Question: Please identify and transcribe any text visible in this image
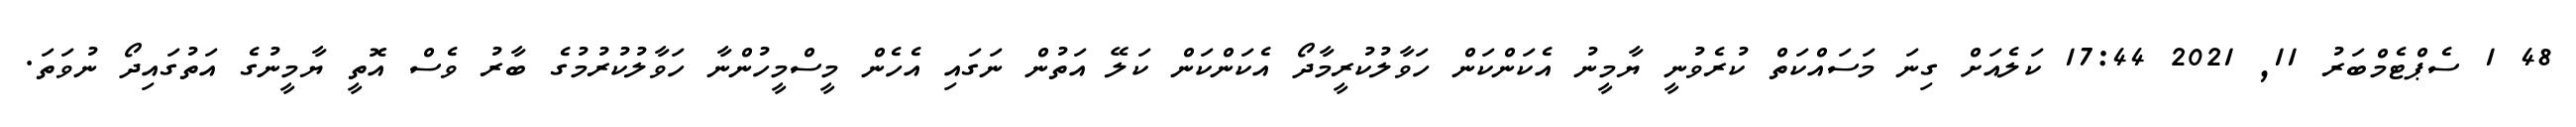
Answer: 48 1 ސެޕްޓެމްބަރު 11, 2021 17:44 ކަލެއަށް ގިނަ މަސައްކަތް ކުރެވުނީ ޔާމީނު އެކަންކަން ހަވާލުކުރީމާދޯ އެކަންކަން ކަލޭ އަތުން ނަގައި އެހެން މީސްމީހުންނާ ހަވާލުކުރުމުގެ ބާރު ވެސް އޮތީ ޔާމީނުގެ އަތުގައިދޯ ނުވަތަ.